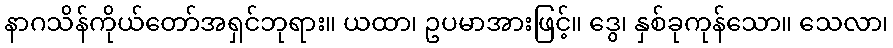
နာဂသိန်ကိုယ်တော်အရှင်ဘုရား။ ယထာ၊ ဥပမာအားဖြင့်။ ဒွေ၊ နှစ်ခုကုန်သော။ သေလာ၊